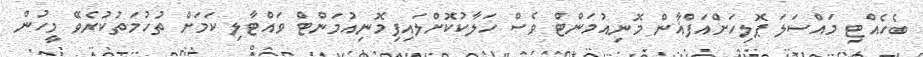
ބެހެއްޓި މައްސަލަ ޕޮލިހަށްއަފްޣާން މޮނިއުމަންޓް ވެސް ހަލާކުކޮށްލައިފިމޮނިއުމަންޓް ވައްޓާލި ކަމަށް ތުހުމަތުކުރެވޭ މީހުން